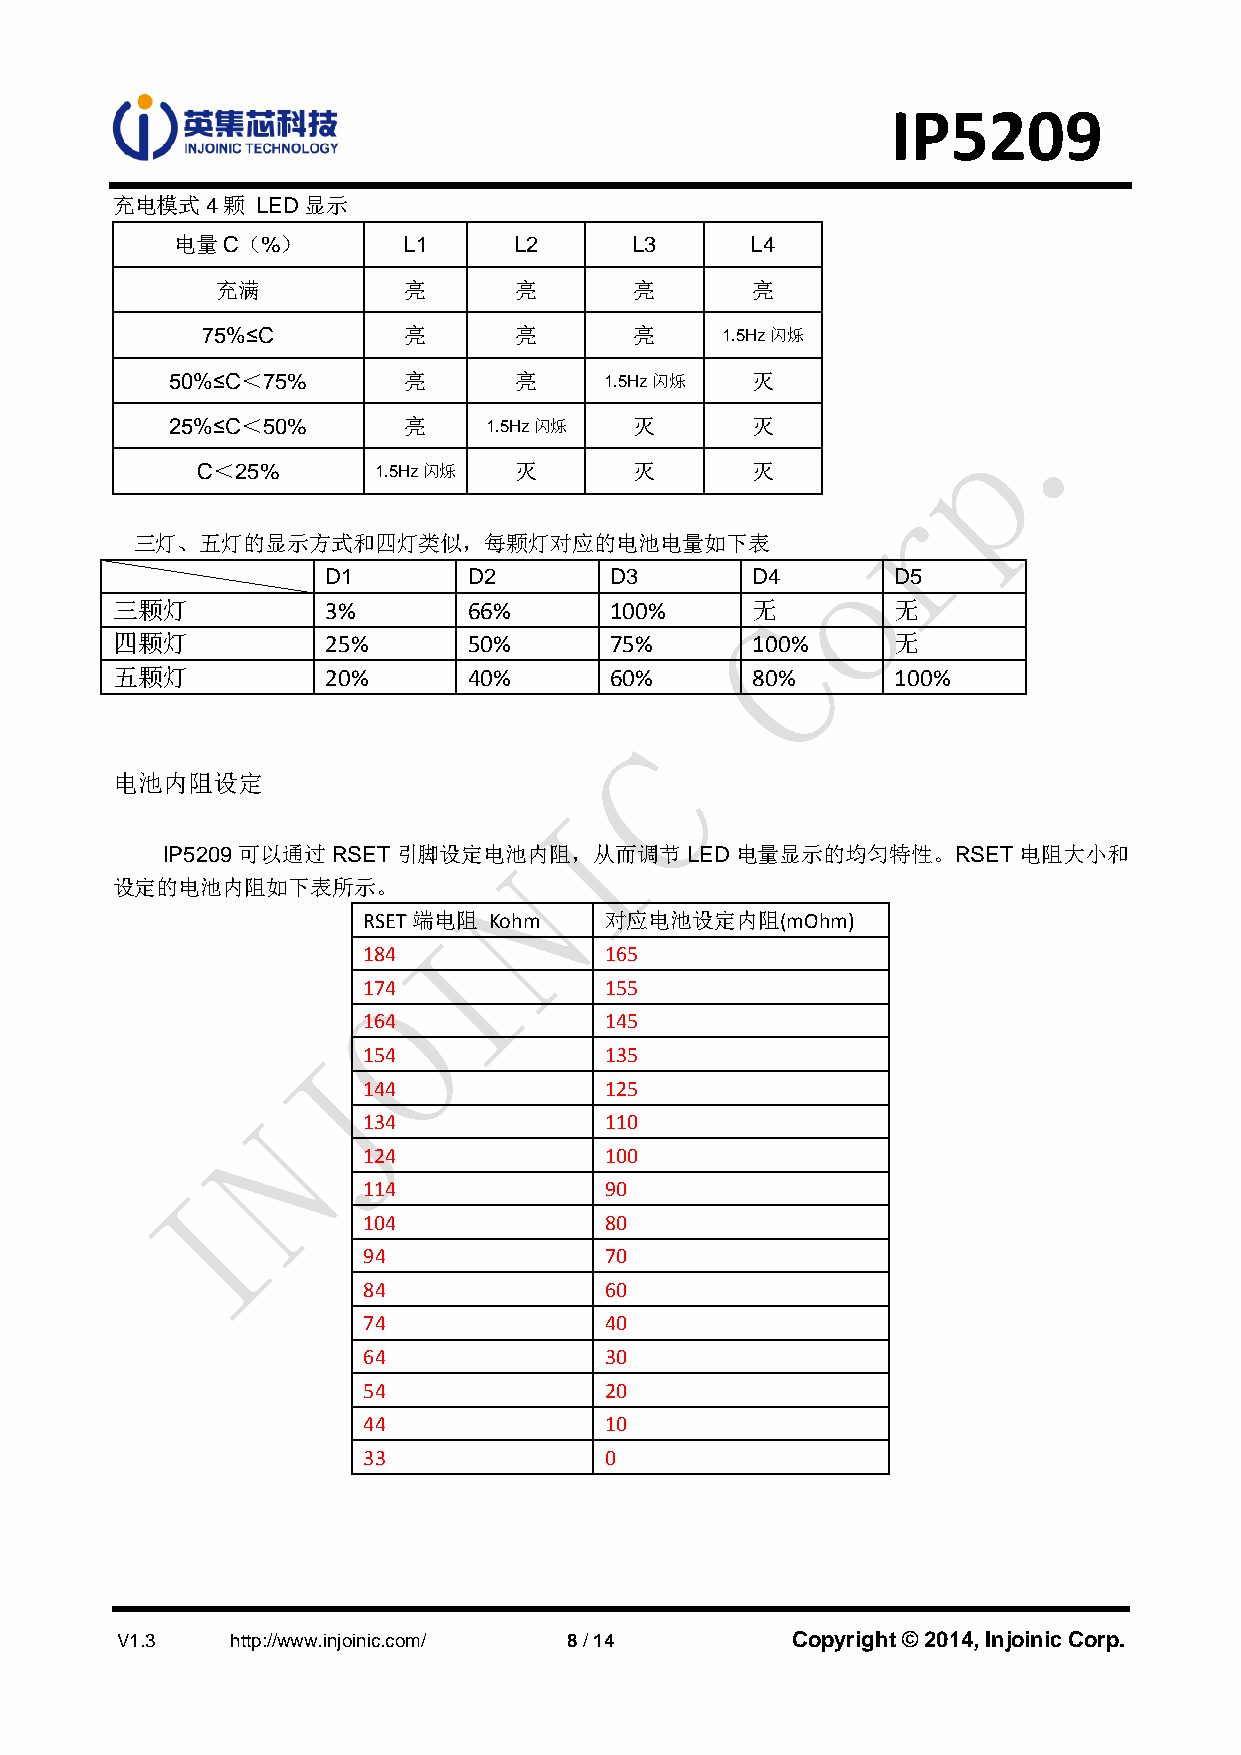
IP5209
 充电模式4颗    LED显示
 电量C（%）         L1     L2      L3      L4
 充满           亮      亮       亮       亮
 75%≤C         亮      亮       亮     1.5Hz闪烁
 50%≤C＜75%       亮      亮     1.5Hz闪烁   灭
 25%≤C＜50%       亮    1.5Hz闪烁   灭       灭
 C＜25%       1.5Hz闪烁  灭       灭       灭
 三灯、五灯的显示方式和四灯类似，每颗灯对应的电池电量如下表
 D1       D2       D3        D4       D5
 三颗灯            3%       66%      100%      无        无
 四颗灯            25%      50%      75%       100%     无
 五颗灯            20%      40%      60%       80%      100%
 电池内阻设定
 IP5209可以通过RSET引脚设定电池内阻，从而调节LED电量显示的均匀特性。RSET电阻大小和
 设定的电池内阻如下表所示。
 RSET端电阻 Kohm    对应电池设定内阻(mOhm)
 184             165
 174             155
 164             145
 154             135
 144             125
 134             110
 124             100
 114             90
 104             80
 94              70
 84              60
 74              40
 64              30
 54              20
 44              10
 33              0
 V1.3   http://www.injoinic.com/ 8 / 14      Copyright © 2014, Injoinic Corp.